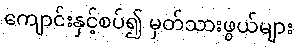
ကျောင်းနှင့်စပ်၍ မှတ်သားဖွယ်များ